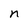
Character: n